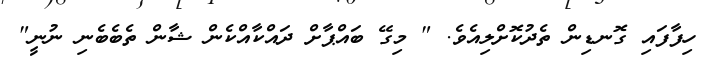
ހިފާފައި ގޮނޑިން ތެދުކޮށްލިއެވެ. " މިގޭ ބައްޕާށް ދައްކާއްކެން ޝާން ތެބެބެނި ނުނީ"